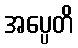
အပ္ပေတိ